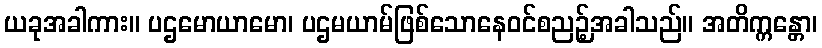
ယခုအခါကား။ ပဌမောယာမော၊ ပဌမယာမ်ဖြစ်သောနေဝင်စညဉ့်အခါသည်။ အတိက္ကန္တော၊